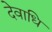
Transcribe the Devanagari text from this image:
देवाधि